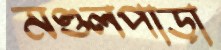
মণ্ডলপাড়া